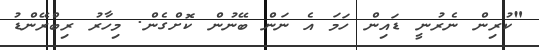
"ކުރިން ނެރުނީ ޑައިން ހަމަ އެ ނަން ބޭނުން ކޮށްގެން. މިހާރު ރިބްރޭންޑު